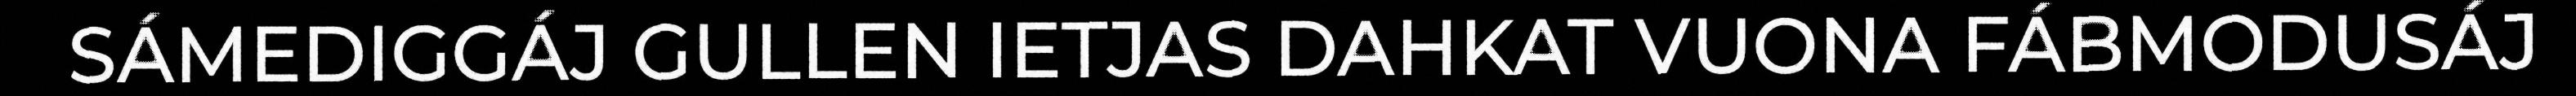
SÁMEDIGGÁJ GULLEN IETJAS DAHKAT VUONA FÁBMODUSÁJ